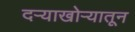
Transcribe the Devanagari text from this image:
दर्‍याखोर्‍यातून